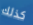
كذلك